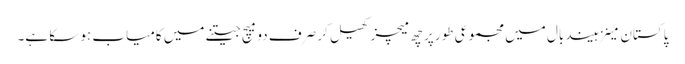
پاکستان مینزہیند بال میں مجموعی طور پر چھ میچز کھیل کر صرف دو میچ جیتنے میں کامیاب ہو سکا ہے۔